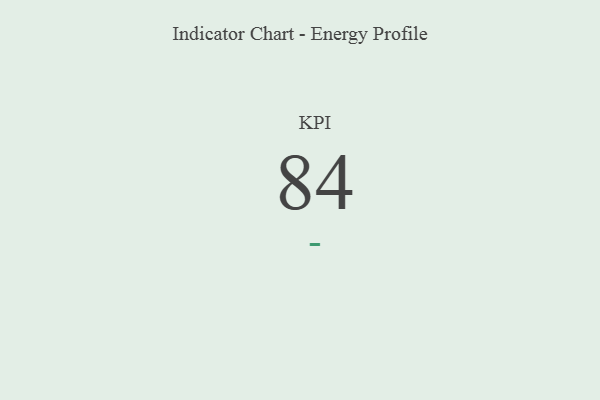
{"axis": {"x": "KPI", "y": "Value"}, "legend": [""], "data": [{"x": "KPI", "y": 84, "type": ""}]}